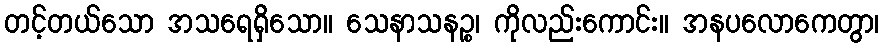
တင့်တယ်သော အသရေရှိသော။ သေနာသနဉ္စ၊ ကိုလည်းကောင်း။ အနပလောကေတွာ၊